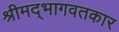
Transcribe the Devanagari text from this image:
श्रीमद्‌भागवतकार